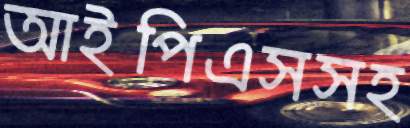
আইপিএসসহ